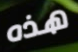
هذه